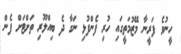
ހީނުވެ ފަރީނާ މޭޒުމަތީގައި ހުރި ފެންފުޅި ނަގާ ދެ ބިއްލޫރި ތަށްޓަށް ފެން